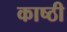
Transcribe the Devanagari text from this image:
काष्ठी